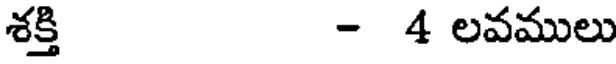
శక్తి - 4 లవములు